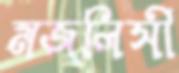
মজলিসী